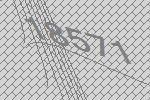
18571